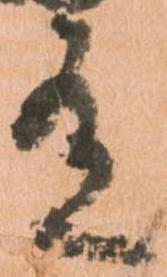
有